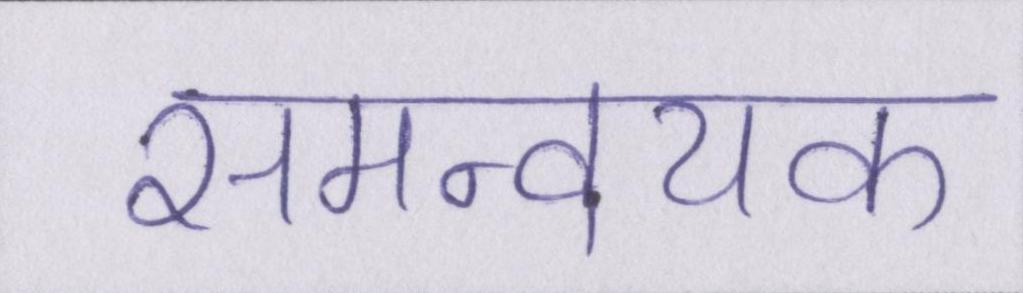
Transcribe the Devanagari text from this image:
समन्वयक